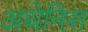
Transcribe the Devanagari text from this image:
अथेनिस